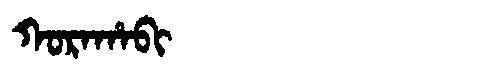
Manchu: ᡴᠣᡵᠠᡥᠠᠪᡳ
Romanization: KORAHABI